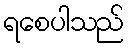
ရစေပါသည်